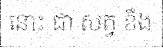
នោះ ជា សត្វ ខឹង